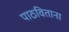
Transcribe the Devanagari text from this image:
पाठविताना